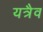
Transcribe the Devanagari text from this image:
यत्रैव